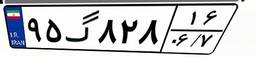
۹۵گ۸۲۸۱۶